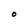
Character: O